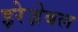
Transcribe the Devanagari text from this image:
इरेज़ेबल